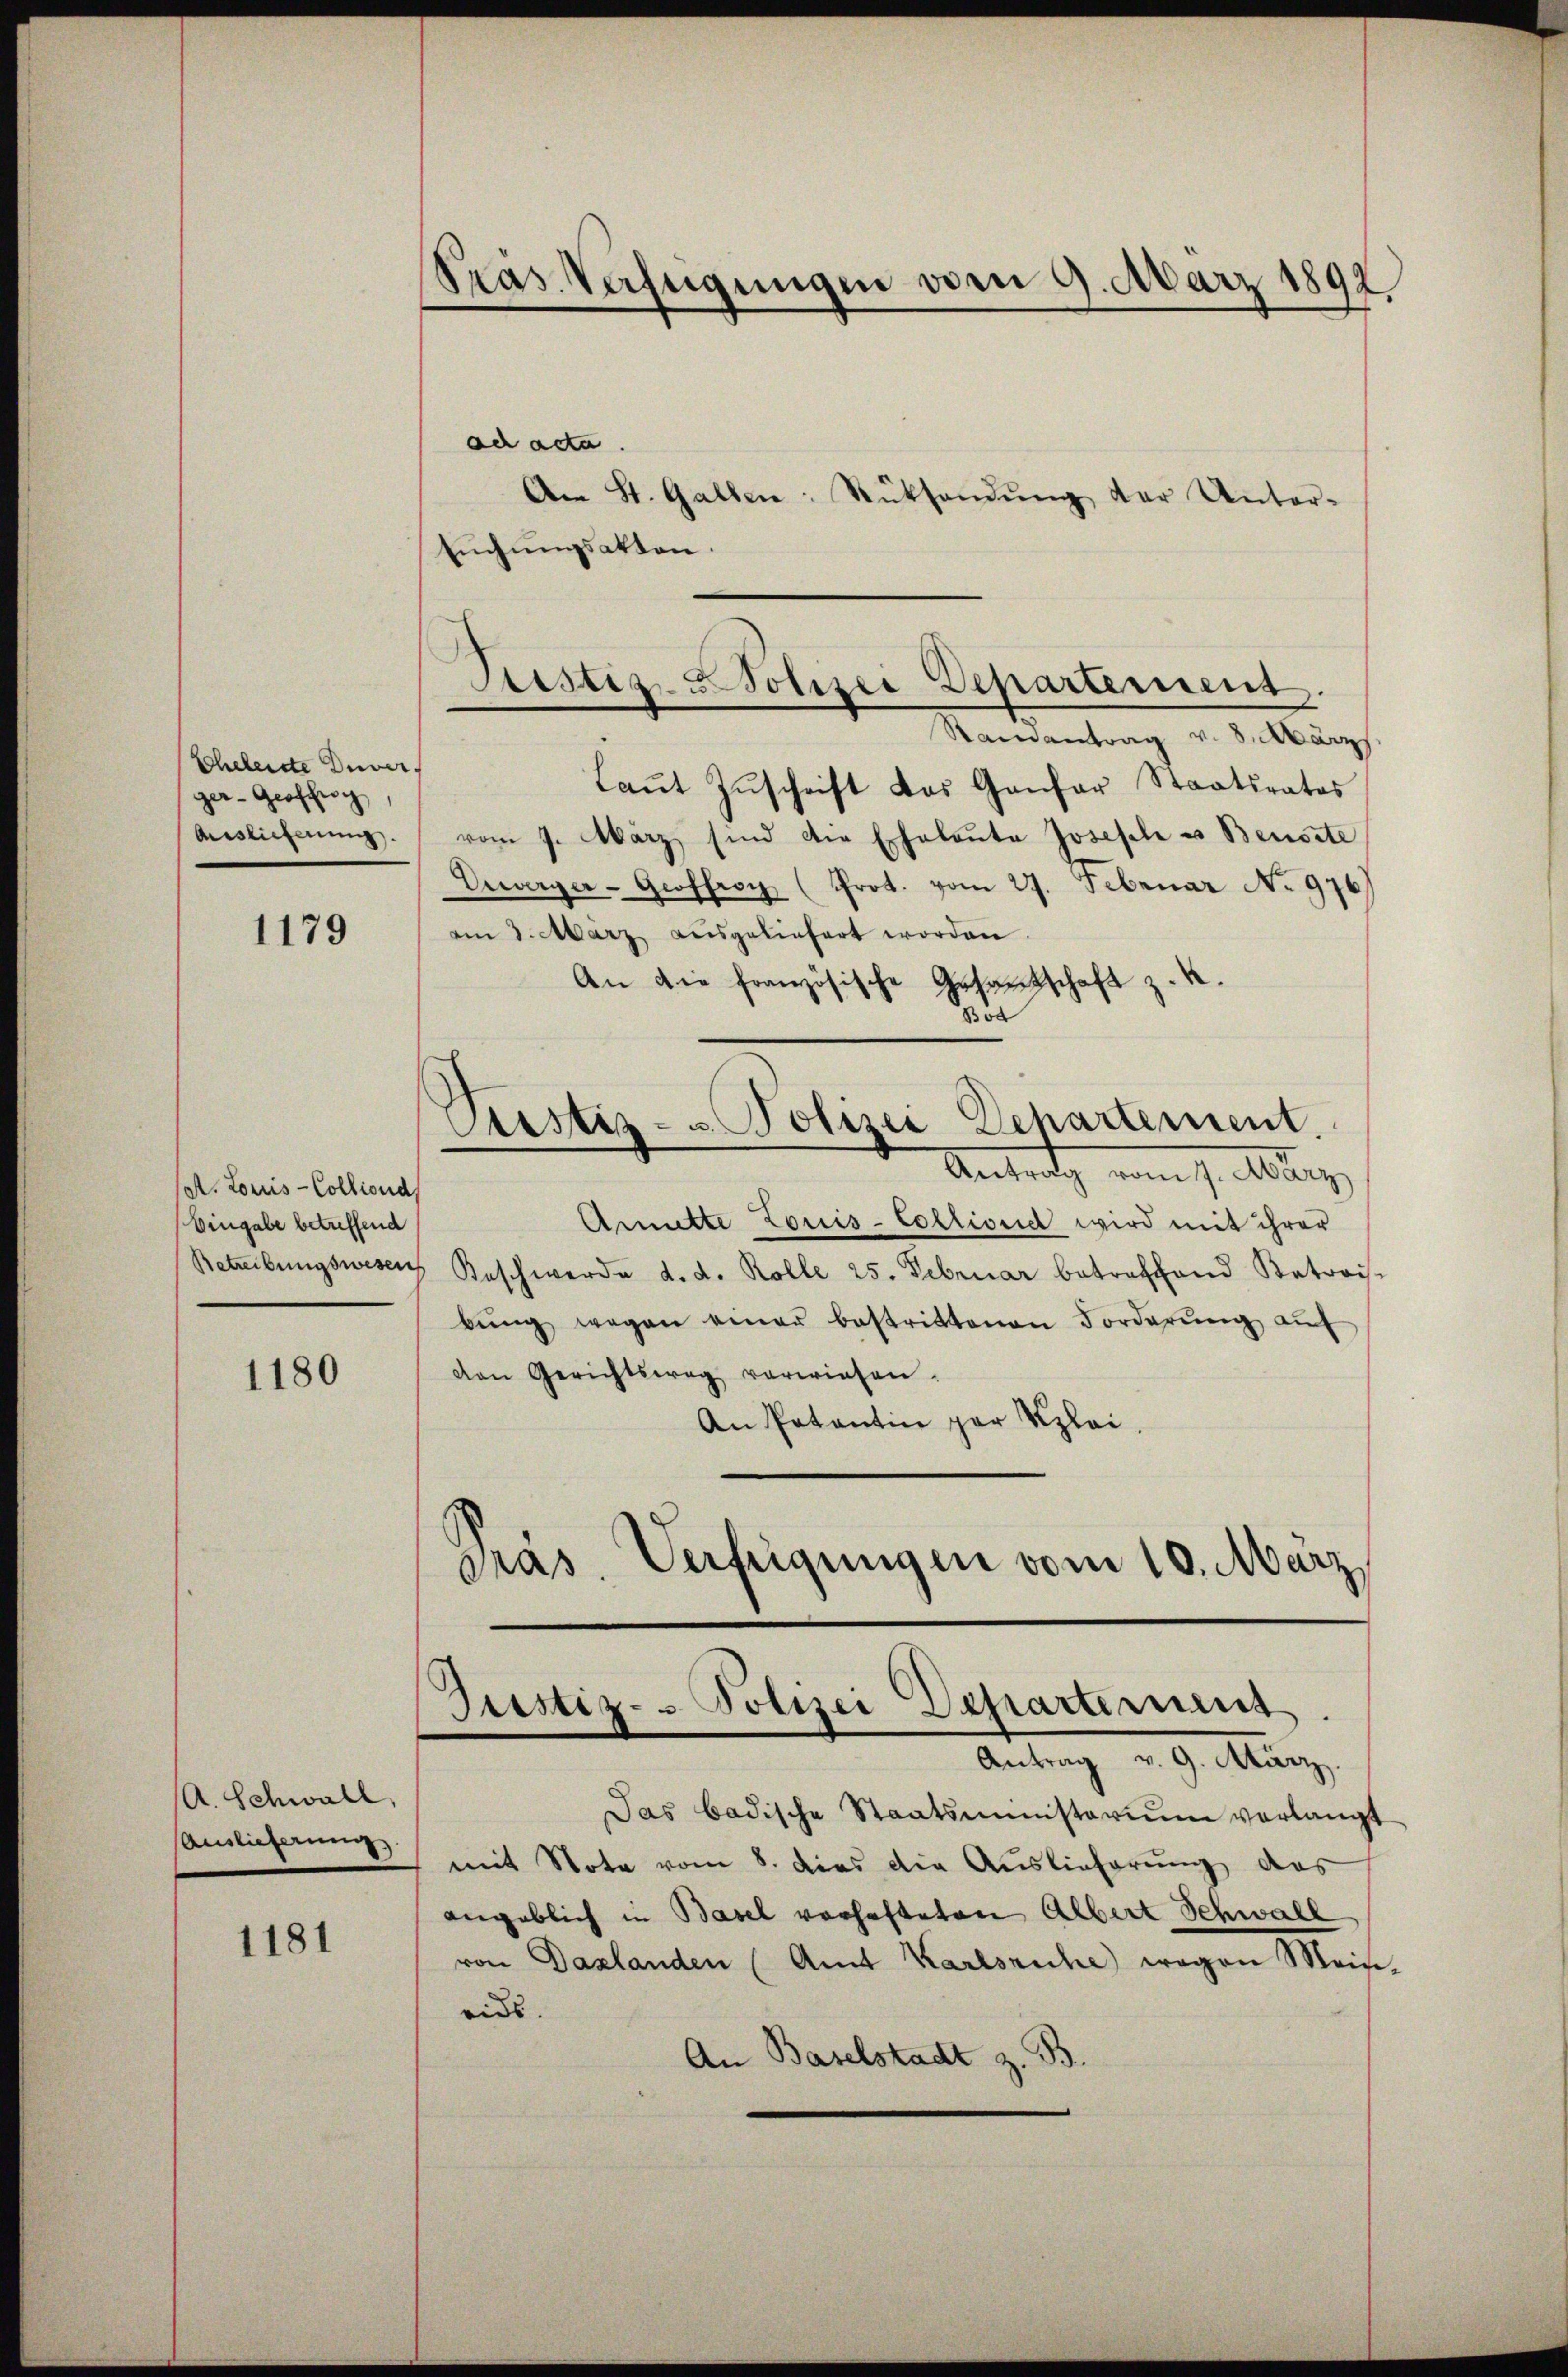
Cheberste Diver
ger-Geoffic
Aislicherung.

1179

Ct. Louis-Colliond
Eingabe betreffend

1180

(A. Schwall,
sauslieferung

1181

Pras Verfügungen vom 9. März 1892

ad acta
An St. Gallen Rücksendŭng der Unter-
suchungsakten.
Laŭt Zŭschrift das Ganfer Staatsrates
vom 7. März sind die Echalaute Joseph u. Bensste
Erwerger-Geoffroy (Prot. vom 27. Februar No 976
am 3. März ausgeliefert worden.
An die französische Gesandschaft z. K.
o
Piustiz- u Polizei Departement.
Antrag vom 7. Aug
Anitte Louis-Collione wird mit ihrer
Betreibungswesen Beschwerde d. d. Kolle 25. Februar betreffend Katrois-
bŭng wegen einer bestrittenen Forderŭng aŭf
van Gerichtsweg verwiesen.
An Potantin par Klei
Präs. Verfügungen vom 10. März,

Justiz-Polizei Departement.
Samantrag v. 8. März

Justiz- Polizei Departeriums.
Antrag v. 9. März.

Das badische Staatsministerium verlangt
mit Nota vom 8. dies die Auslieferung des
angeblich in Basel vorhafteten Albert Schwall
von Dazlanden (Amt Karlsruhe wegen Mein-
eids.
An Baselstadt z. B.